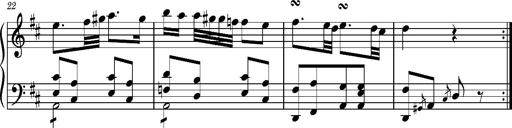
Title: Ungarischer Romanzero
Composer: Franz Liszt